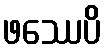
ဖဿေပိ